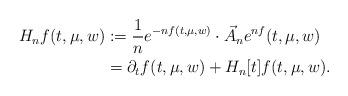
LaTeX: \begin{align*}H_n f(t,\mu,w) & := \frac{1}{n} e^{-nf(t,\mu,w)} \cdot \vec{A}_n e^{nf} (t,\mu,w) \\& = \partial_t f(t,\mu,w) + H_n[t] f(t,\mu,w). \end{align*}